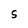
Character: S